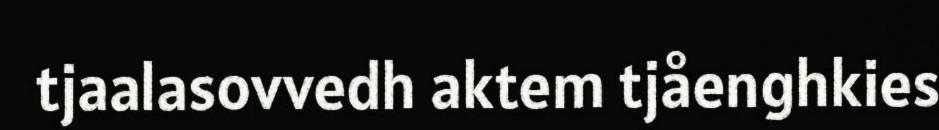
tjaalasovvedh aktem tjåenghkies